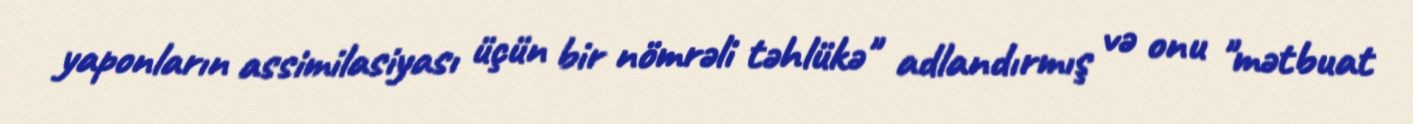
yaponların assimilasiyası üçün bir nömrəli təhlükə" adlandırmış və onu "mətbuat